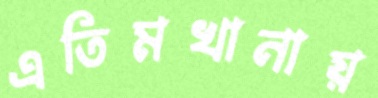
এতিমখানায়